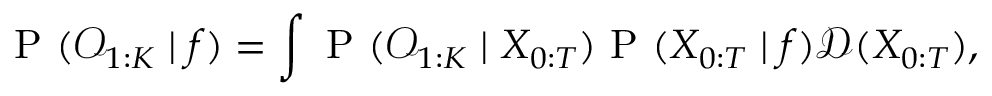
\mathrm { ~ P ~ } ( \mathcal { O } _ { 1 : K } \mid f ) = \int \mathrm { ~ P ~ } ( \mathcal { O } _ { 1 : K } \mid X _ { 0 : T } ) \mathrm { ~ P ~ } ( X _ { 0 : T } \mid f ) \mathcal { D } ( X _ { 0 : T } ) ,